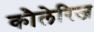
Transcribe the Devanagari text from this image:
कौलेरिज